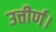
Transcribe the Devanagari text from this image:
उत्तीर्ण।